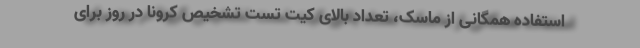
استفاده همگانی از ماسک، تعداد بالای کیت تست تشخیص کرونا در روز برای